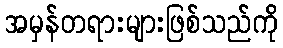
အမှန်တရားများဖြစ်သည်ကို